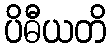
ပိဓီယတိ